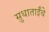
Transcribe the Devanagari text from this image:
सुधाताईंचे